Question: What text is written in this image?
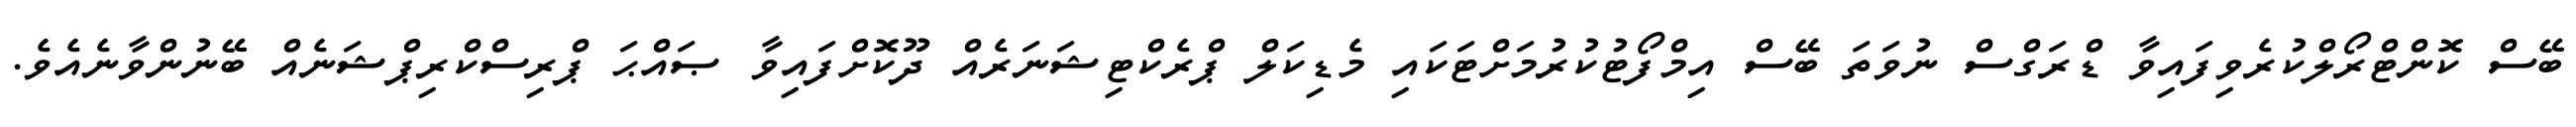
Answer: ބޭސް ކޮންޓްރޯލްކުރެވިފައިވާ ޑްރަގްސް ނުވަތަ ބޭސް އިމްފޯޓުކުރުމަށްޓަކައި މެޑިކަލް ޕްރެކްޓިޝަނަރެއް ދޫކޮށްފައިވާ ޞައްޙަ ޕްރިސްކްރިޕްޝަނެއް ބޭނުންވާނެއެވެ.